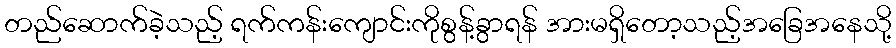
တည်ဆောက်ခဲ့သည့် ရက်ကန်းကျောင်းကိုစွန့်ခွာရန် အားမရှိတော့သည့်အခြေအနေသို့